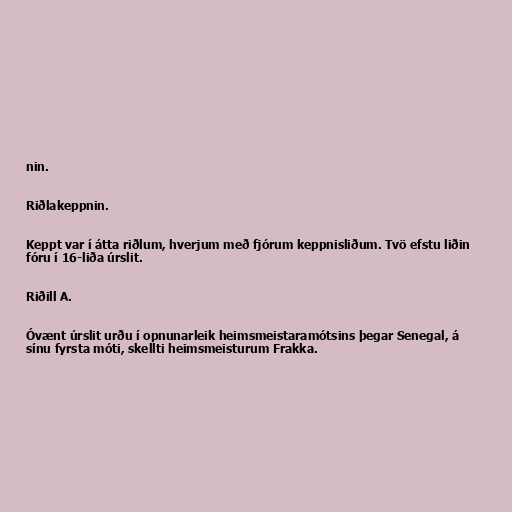
nin.

Riðlakeppnin.

Keppt var í átta riðlum, hverjum með fjórum keppnisliðum. Tvö efstu liðin
fóru í 16-liða úrslit.

Riðill A.

Óvænt úrslit urðu í opnunarleik heimsmeistaramótsins þegar Senegal, á
sínu fyrsta móti, skellti heimsmeisturum Frakka.